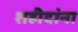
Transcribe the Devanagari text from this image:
शहीदांना